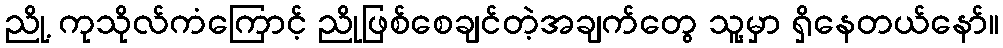
ညို့ ကုသိုလ်ကံကြောင့် ညိုဖြစ်စေချင်တဲ့အချက်တွေ သူ့မှာ ရှိနေတယ်နော်။